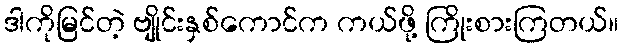
ဒါကိုမြင်တဲ့ ဗျိုင်းနှစ်ကောင်က ကယ်ဖို့ ကြိုးစားကြတယ်။